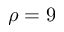
\rho = 9